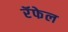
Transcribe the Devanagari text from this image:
रॅफेल